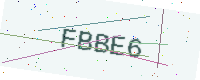
Text: FBBE6